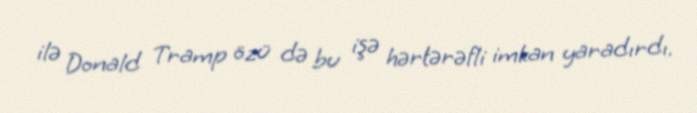
ilə Donald Tramp özü də bu işə hərtərəfli imkan yaradırdı.